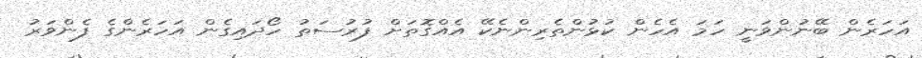
އަހަރެން ބޭނުންވަނީ ހަމަ އެހެން ކުޅުންތެރިންނެކޭ އެއްގޮތަށް ފުރުސަތު ހޯދައިގެން އަހަރެންގެ ފެންވަރު